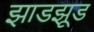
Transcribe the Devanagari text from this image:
झाडझूड